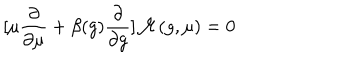
[ \mu { \frac { \partial } { \partial \mu } } + \beta ( g ) { \frac { \partial } { \partial g } } ] { \cal M } ( g , \mu ) = 0